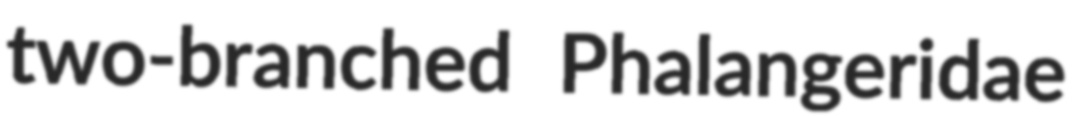
two-branched Phalangeridae